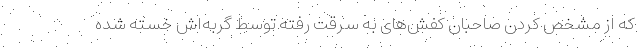
که از مشخص کردن صاحبان کفش‌های به سرقت رفته توسط گربه‌اش خسته شده